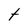
Character: t